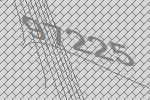
97225